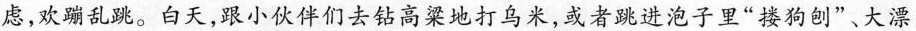
虑，欢蹦乱跳。白天，跟小伙伴们去钻高梁地打鸟米，或者跳进泡子里”搂狗刨”、大漂